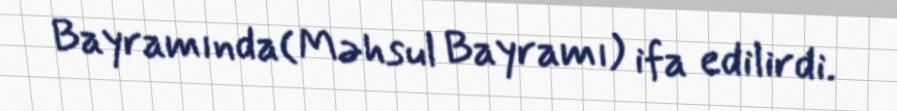
Bayramında(Məhsul Bayramı) ifa edilirdi.